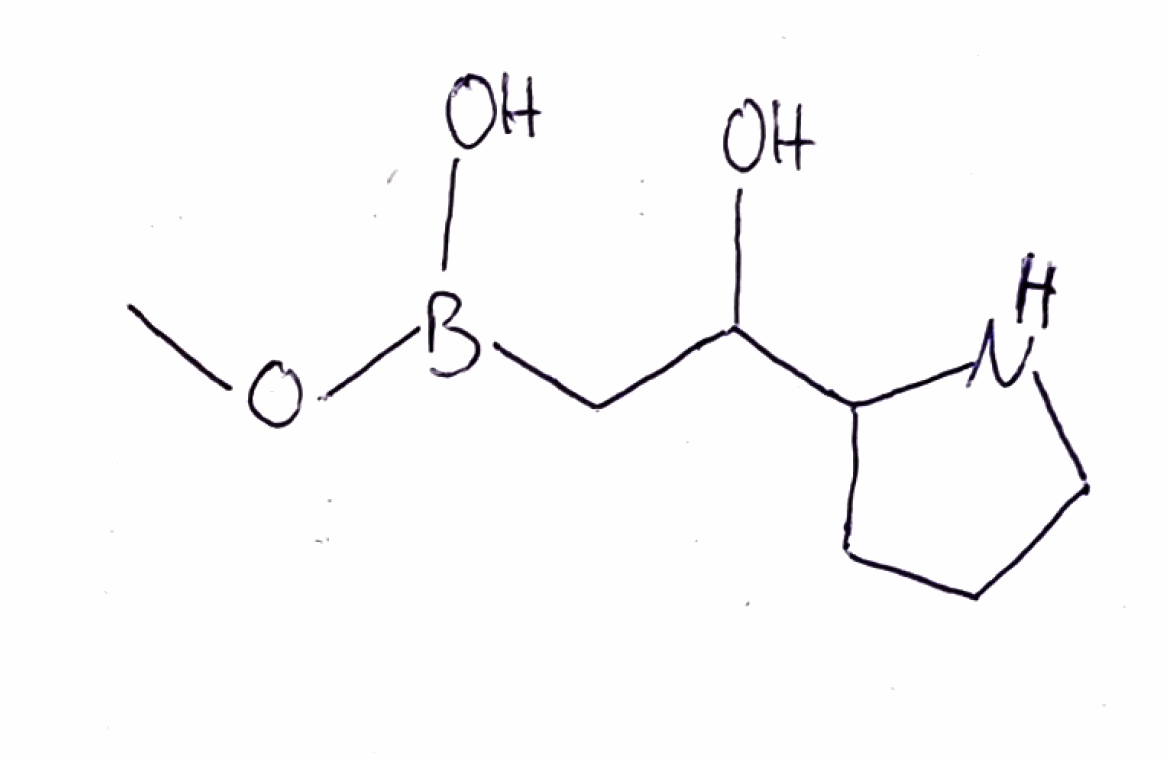
Simplified molecular-input line-entry system (SMILES) notation of the given molecule:
B(CC(C1CCCN1)O)(O)OC